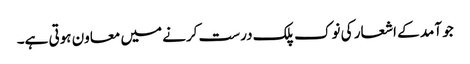
جو آمد کے اشعار کی نوک پلک درست کرنے میں معاون ہوتی ہے۔